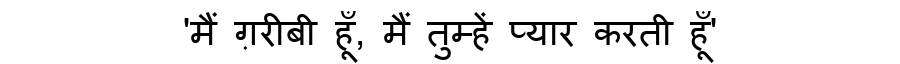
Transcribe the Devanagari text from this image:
'मैं ग़रीबी हूँ, मैं तुम्हें प्यार करती हूँ'